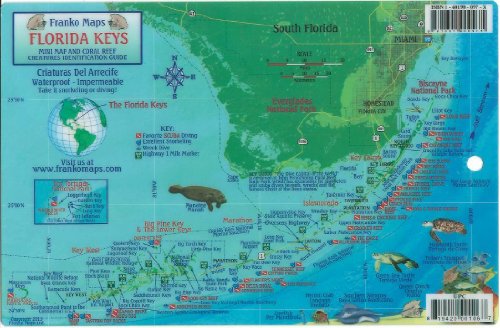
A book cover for Florida Keys Dive Map & Reef Creatures Guide Franko Maps Laminated Fish Card; Franko Maps Ltd.; Travel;